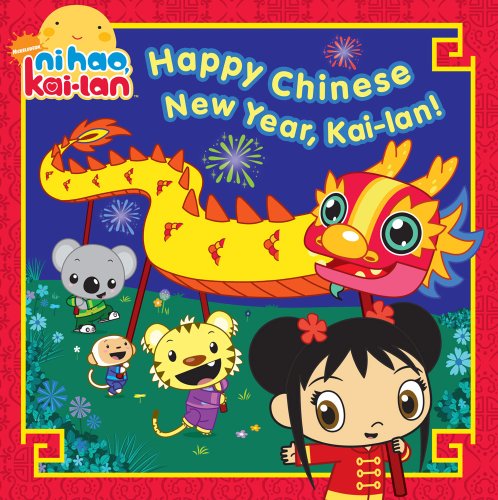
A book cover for Happy Chinese New Year, Kai-lan! (Ni Hao, Kai-lan); Children's Books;